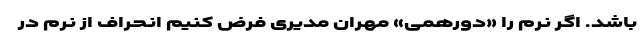
باشد. اگر نُرم را «دورهمی» مهران مدیری فرض کنیم انحراف از نُرم در